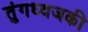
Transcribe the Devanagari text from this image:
तुंगध्वजकी